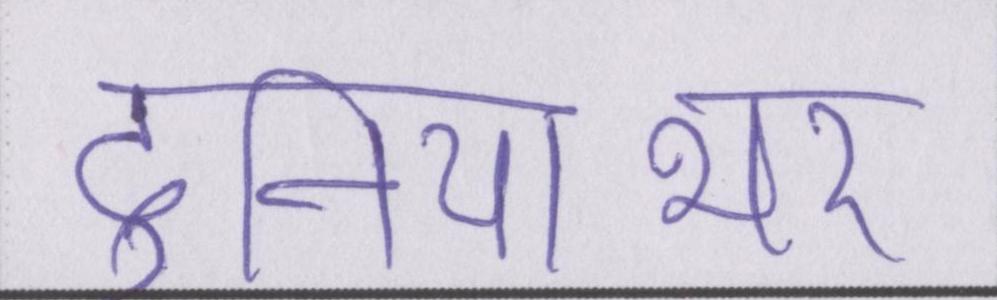
दुनियाभर